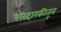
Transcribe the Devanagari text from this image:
सरदारकीतून